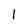
Character: 1